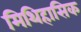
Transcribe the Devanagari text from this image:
मिथिहासिक